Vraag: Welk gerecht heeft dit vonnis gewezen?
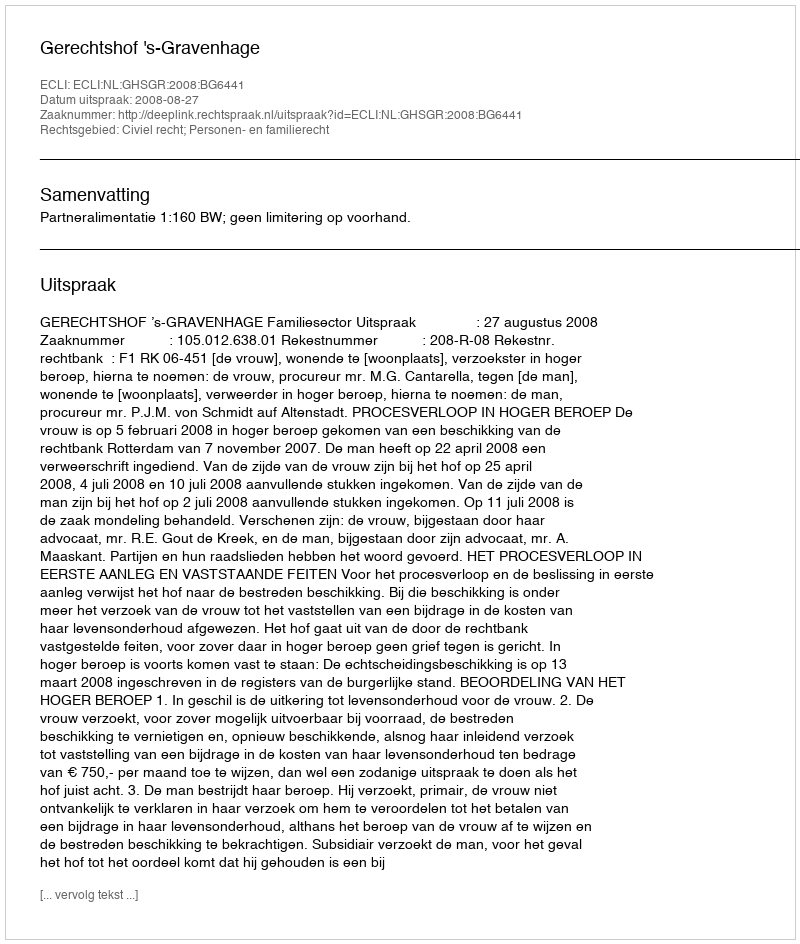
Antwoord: Gerechtshof 's-Gravenhage